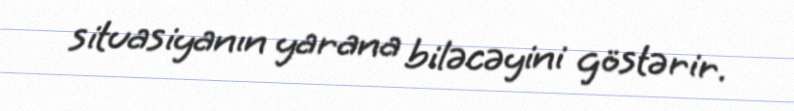
situasiyanın yarana biləcəyini göstərir.